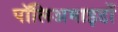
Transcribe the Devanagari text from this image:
पॉलिअमाइडों